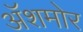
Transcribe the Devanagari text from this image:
अॅशमोर